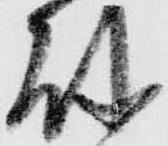
岐